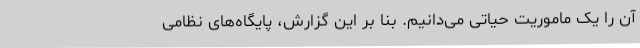
آن را یک ماموریت حیاتی می‌دانیم. بنا بر این گزارش، پایگاه‌های نظامی